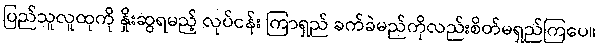
ပြည်သူလူထုကို နှိုးဆွရမည့် လုပ်ငန်း ကြာရှည် ခက်ခဲမည်ကိုလည်းစိတ်မရှည်ကြပေ။